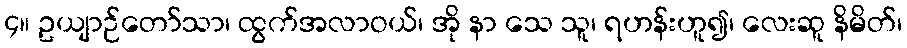
၄။ ဥယျာဉ်တော်သာ၊ ထွက်အလာဝယ်၊ အို နာ သေ သူ၊ ရဟန်းဟူ၍၊ လေးဆူ နိမိတ်၊